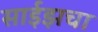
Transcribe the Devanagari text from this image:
साईझचा